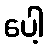
ပေါ့